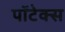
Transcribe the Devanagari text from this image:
पॉटेक्स